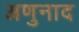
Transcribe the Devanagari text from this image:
अणुनाद